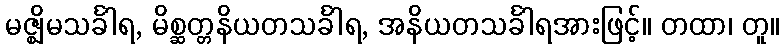
မဇ္ဈိမသင်္ခါရ, မိစ္ဆတ္တနိယတသင်္ခါရ, အနိယတသင်္ခါရအားဖြင့်။ တထာ၊ တူ။